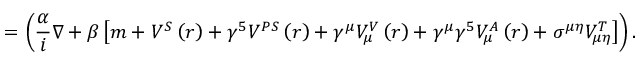
= \left( \frac { \alpha } { i } \nabla + \beta \left[ m + V ^ { S } \left( r \right) + \gamma ^ { 5 } V ^ { P S } \left( r \right) + \gamma ^ { \mu } V _ { \mu } ^ { V } \left( r \right) + \gamma ^ { \mu } \gamma ^ { 5 } V _ { \mu } ^ { A } \left( r \right) + \sigma ^ { \mu \eta } V _ { \mu \eta } ^ { T } \right] \right) .